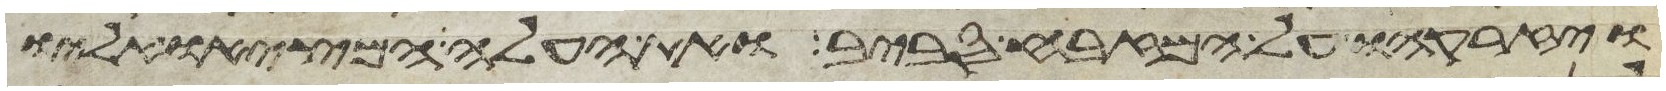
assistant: ויזרקהו על המזבח סביב ואת העלה המציאו אליו